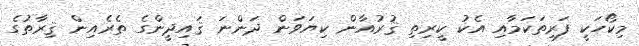
މިކޯހަކީ ފަރިތަކަމާއި އެކު ކީރިތި ޤުރުއާން ކިޔަވަން ދަންނަ ޤައިދީންގެ ތެރެއިން ޤިރާތުގެ